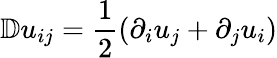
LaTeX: \mathbb{D}u_{ij}=\frac{1}{2}(\partial_{i}u_{j}+\partial_{j}u_{i})